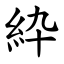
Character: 紣